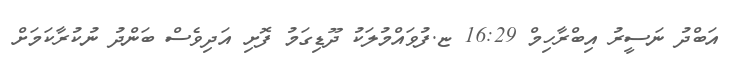
އަބްދު ނަސީރު އިބްރާހިމް 16:29 ޏ.ފުވައްމުލަކު ދޫޑިގަމު ފޮށި އަދިވެސް ބަންދު ނުކުރާކަމަށް